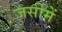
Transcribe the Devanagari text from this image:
जर्सीमें